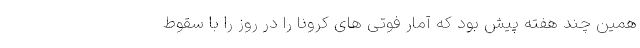
همین چند هفته پیش بود که آمار فوتی های کرونا را در روز را با سقوط